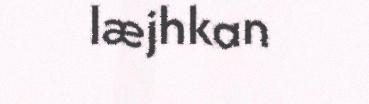
læjhkan